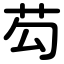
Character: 芶